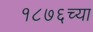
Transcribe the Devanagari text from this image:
१८७६च्या